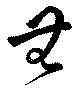
無